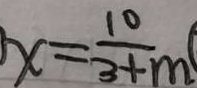
x = \frac { 1 0 } { 3 + m }